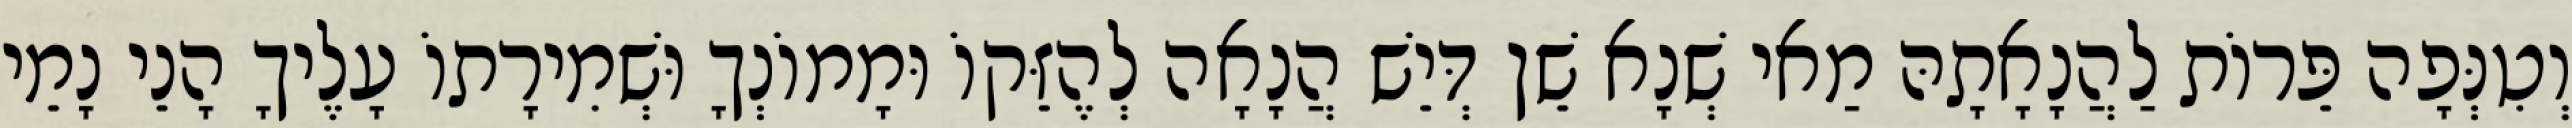
וְטִנְּפָה פֵּרוֹת לַהֲנָאָתָהּ מַאי שְׁנָא שֵׁן דְּיֵשׁ הֲנָאָה לְהֶזֵּקוֹ וּמָמוֹנְךָ וּשְׁמִירָתוֹ עָלֶיךָ הָנֵי נָמֵי